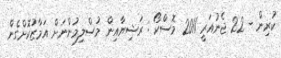
ކުރިން - 22 ޖެނުއަރީ 2011 މޮސްކޯ : ރަޝިޔާއިން މުސްލިމުންނަށް އަމާޒުކޮށްގެން